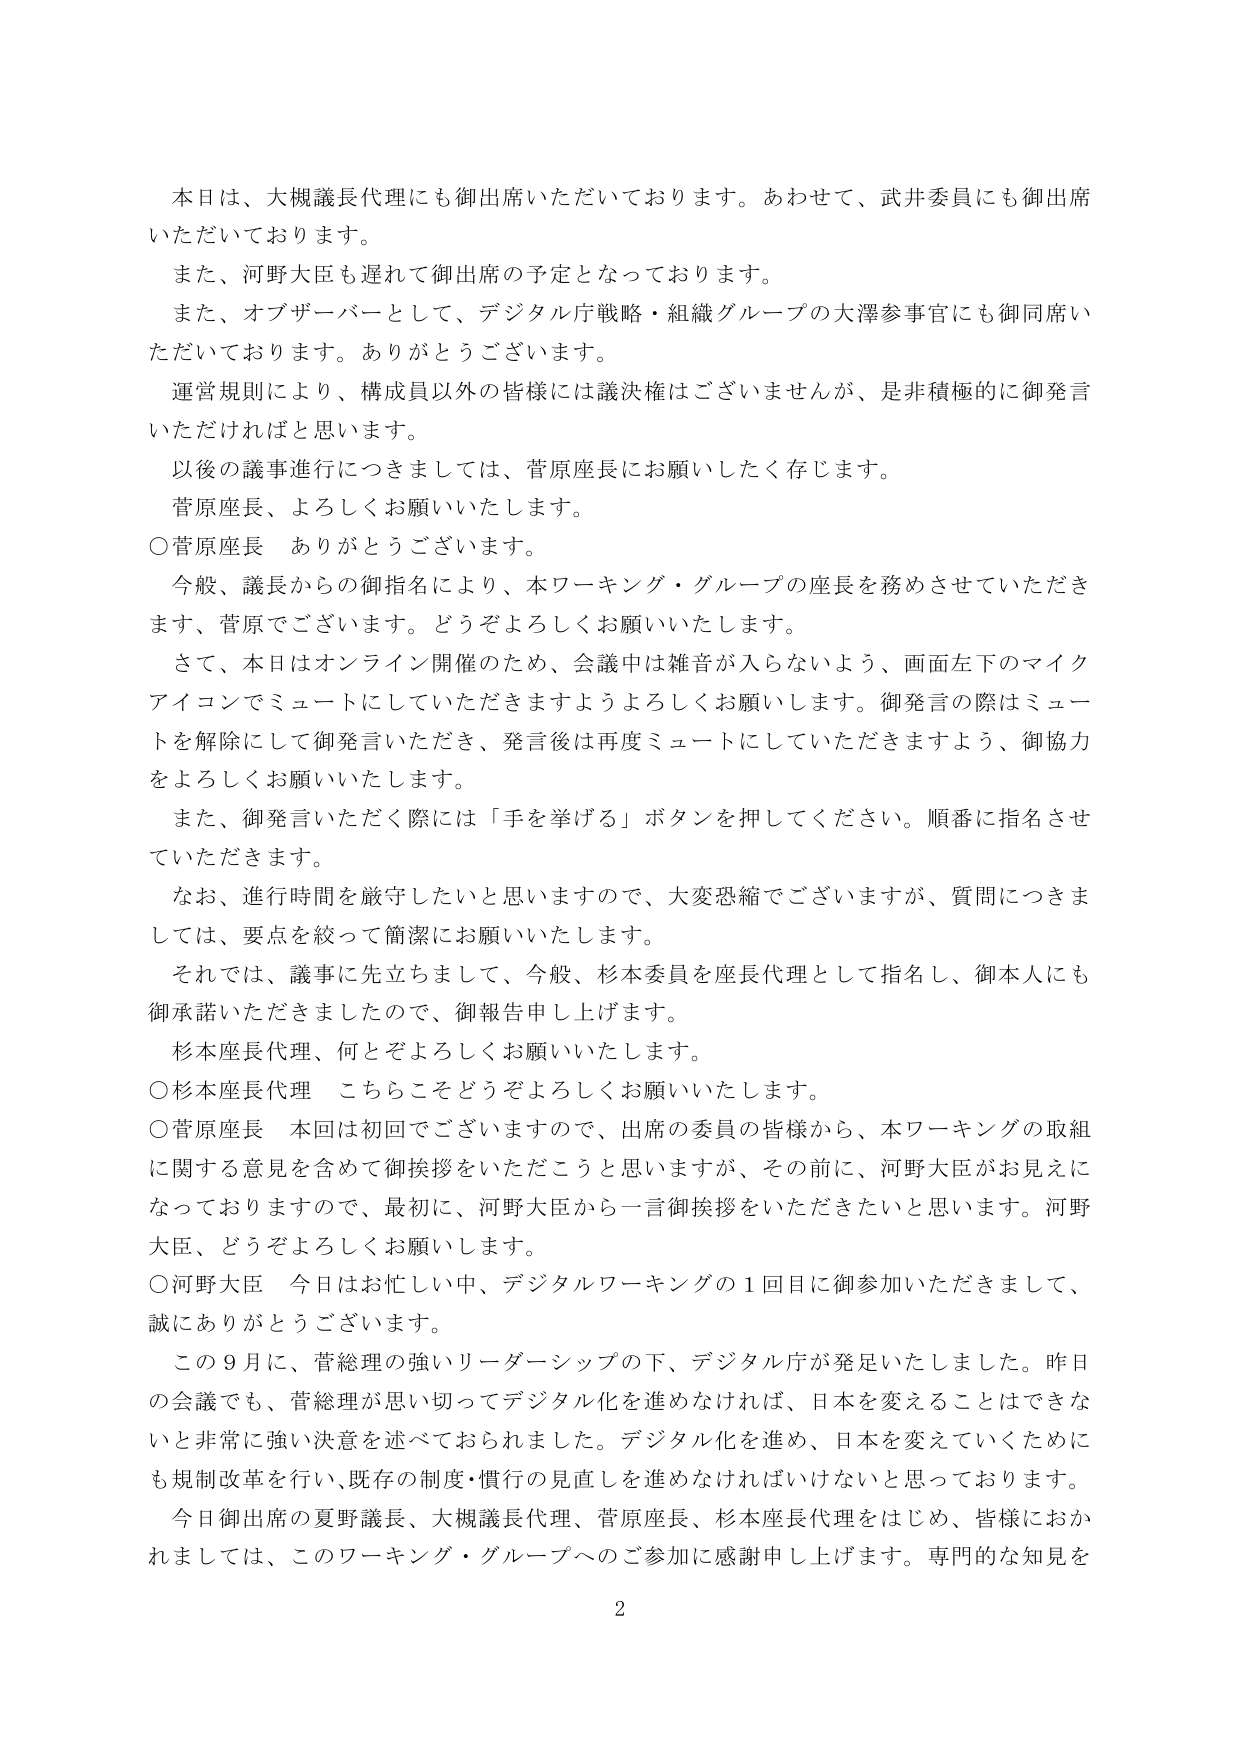
本日は、大槻議長代理にも御出席いただいております。あわせて、武井委員にも御出席いただいております。
また、河野大臣も遅れて御出席の予定となっております。
また、オブザーバーとして、デジタル庁戦略・組織グループの大澤参事官にも御同席いただいております。ありがとうございます。
運営規則により、構成員以外の皆様には議決権はございませんが、是非積極的に御発言いただければと思います。
以後の議事進行につきましては、菅原座長にお願いしたく存じます。
菅原座長、よろしくお願いいたします。
○菅原座長　ありがとうございます。
今般、議長からの御指名により、本ワーキング・グループの座長を務めさせていただきます、菅原でございます。どうぞよろしくお願いいたします。
さて、本日はオンライン開催のため、会議中は雑音が入らないよう、画面左下のマイクアイコンでミュートにしていただきますようよろしくお願いします。御発言の際はミュートを解除して御発言いただき、発言後は再度ミュートにしていただきますよう、御協力をよろしくお願いいたします。
また、御発言いただく際には「手を挙げる」ボタンを押してください。順番に指名させていただきます。
なお、進行時間を厳守したいと思いますので、大変恐縮でございますが、質問につきましては、要点を絞って簡潔にお願いいたします。
それでは、議事に先立ちまして、今般、杉本委員を座長代理として指名し、御本人にも御承諾いただきましたので、御報告申し上げます。
杉本座長代理、何とぞよろしくお願いいたします。
○杉本座長代理　こちらこそどうぞよろしくお願いいたします。
○菅原座長　本回は初回でございますので、出席の委員の皆様から、本ワーキングの取組に関する意見を含めて御挨拶をいただきたいと思いますが、その前に、河野大臣がお見えになっておりますので、最初に、河野大臣から一言御挨拶をいただきたいと思います。河野大臣、どうぞよろしくお願いします。
○河野大臣　今日はお忙しい中、デジタルワーキングの１回目に御参加いただきまして、誠にありがとうございます。
この９月に、菅総理の強いリーダーシップの下、デジタル庁が発足いたしました。昨日の会議でも、菅総理が思い切ってデジタル化を進めなければ、日本を変えることはできないと非常に強い決意を述べておられました。デジタル化を進め、日本を変えていくためにも規制改革を行い、既存の制度・慣行の見直しを進めなければならないと思っております。
今日御出席の夏野議長、大槻議長代理、菅原座長、杉本座長代理をはじめ、皆様におかれましては、このワーキング・グループへのご参加に感謝申し上げます。専門的な知見を
2